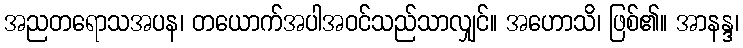
အညတရောသအပန၊ တယောက်အပါအဝင်သည်သာလျှင်။ အဟောသိ၊ ဖြစ်၏။ အာနန္ဒ၊